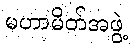
မဟာမိတ်အဖွဲ့